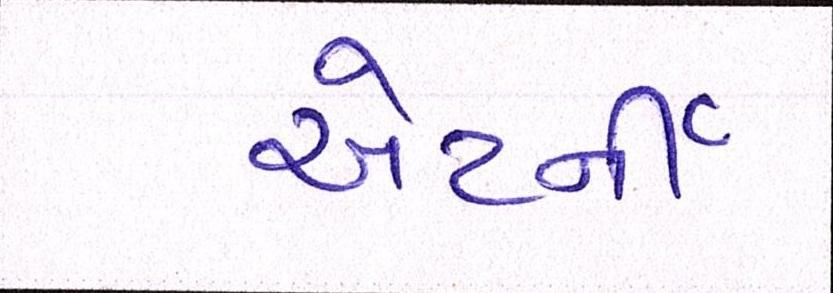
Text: એટર્ની